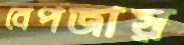
বেপজায়